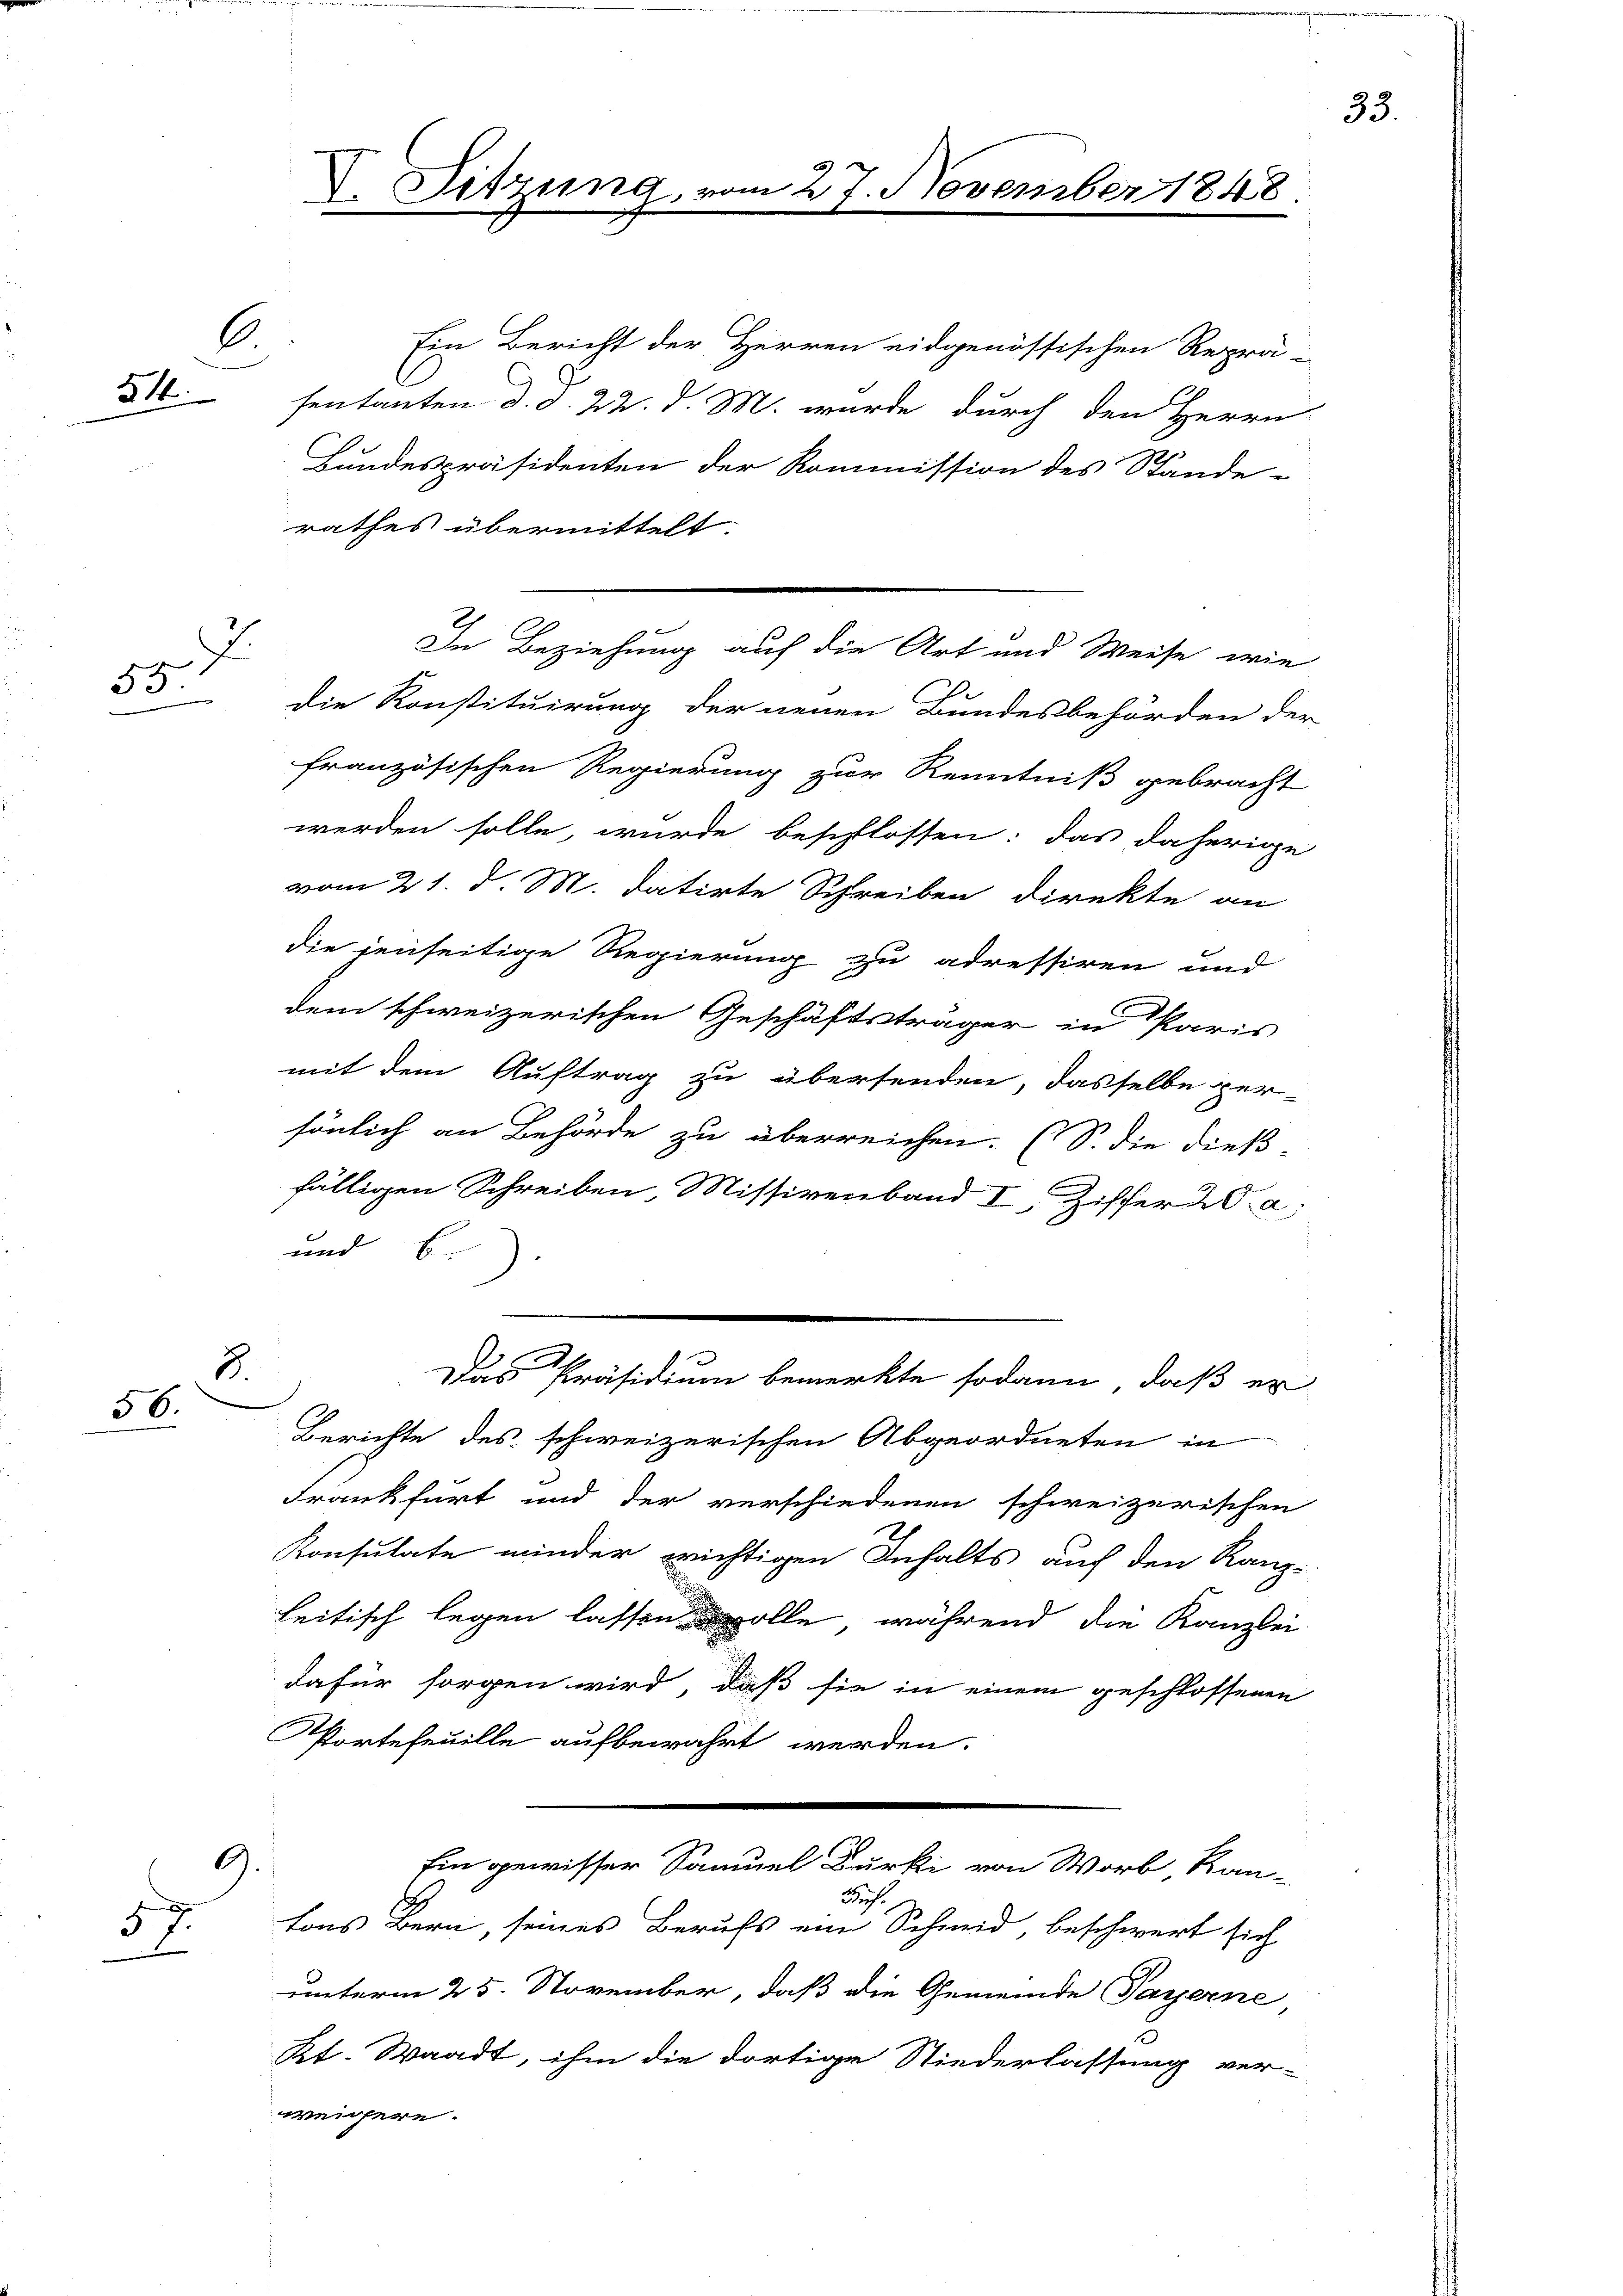
6
51.

.
55

56.

57.

Ein Bericht der Herren eidgenössischen Reprä-
sentanten d. d. 22. d. M. wurde durch den Herrn
Bundespräsidenten der Kommission des Stande-
rathes übermittelt.
die Konstituirung der neuen Bundesbehörden der
französischen Regierung zur Kenntniß gebracht
werden solle, wurde beschlossen: das daherige
vom 21. d. M. datirte Schreiben direkte an
die jenseitige Regierung zu adressiren und
dem schweizerischen Geschäftsträger in Paris
mit dem Auftrag zu übersenden, dasselbe per-
sönlich an Behörde zu überreichen. (S. die dieß-
fälligen Schreiben, Missivenband I Ziffer 20 a
und b.)
Ab
2
Das Präsidium bemerkte sodann, daß er
Berichte des schweizerischen Abgeordneten in
drankfurt und der verschiedenen schweizerischen
Konsulate minder wichtigen Inhalts auf den Kanz-
leitisch legen lassen wolle, während die Kanzlei
dafür sorgen wird, daß sie in einem geschlossenen
Portefeuille aufbewahrt werden.
9.
Ein gewisser Samuel Burki von Worb Kan-
Sich
tons Bern, seines Berufs ein Schmid, beschwert sich
unterm 25. November, daß die Gemeinde Payerne
Kt. Waadt, ihm die dortige Niederlassung ver-
weichere.

V. Sitzung

27. November 1848

In Beziehung auf die Art und Weise, wie

33.